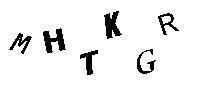
MHTKGR